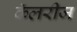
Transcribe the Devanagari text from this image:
कॅलरीज